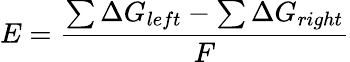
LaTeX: E={\frac{\sum\Delta G_{left}-\sum\Delta G_{right}}{F}}